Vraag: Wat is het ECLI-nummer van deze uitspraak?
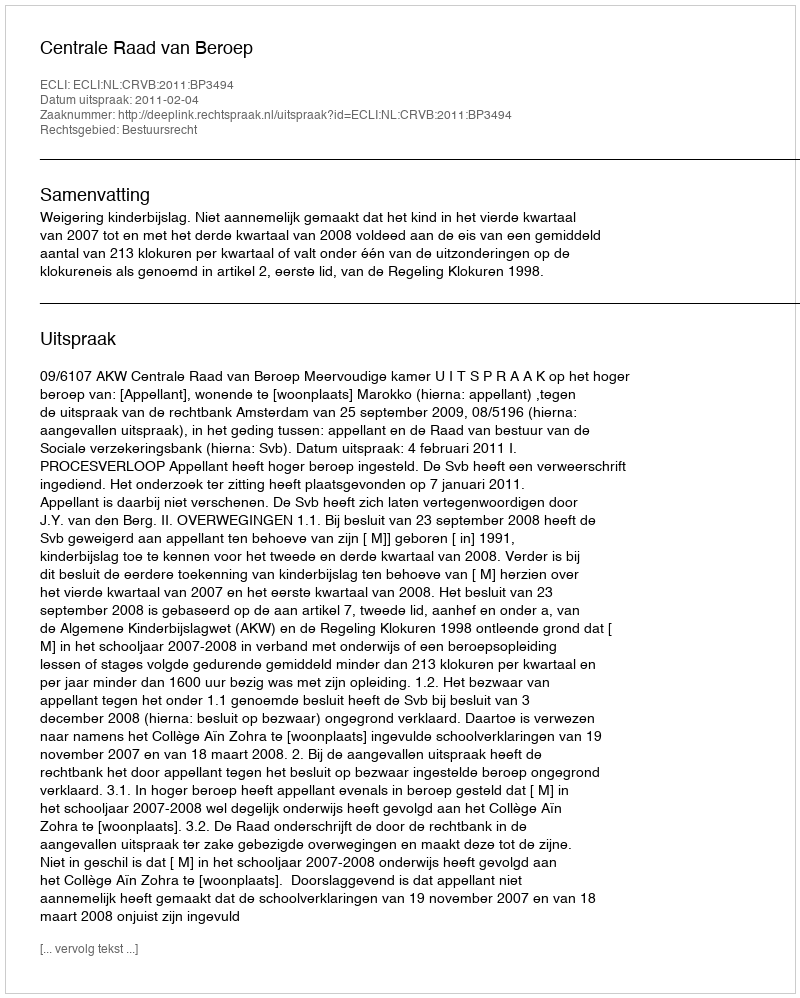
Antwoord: ECLI:NL:CRVB:2011:BP3494